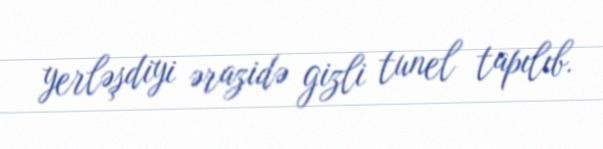
yerləşdiyi ərazidə gizli tunel tapılıb.